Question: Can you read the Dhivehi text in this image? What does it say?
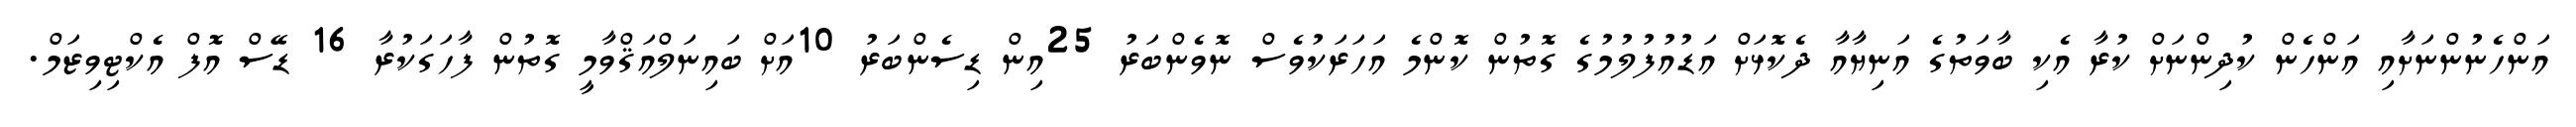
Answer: އަންހެނުންނަށާއި އަންހެން ކުދިންނަށް ކުރާ އެކި ބާވަތުގެ އަނިޔާއާ ދެކޮޅަށް އަޑުއުފުލުމުގެ ގޮތުން ކޮންމެ އަހަރަކުވެސް ނޮވެންބަރު 25އިން ޑިސެންބަރު 10އަށް ބައިނަލްއަޤްވާމީ ގޮތުން ފާހަގަކުރާ 16 ޑޭސް އޮފް އެކްޓިވިޒަމް.